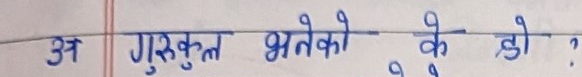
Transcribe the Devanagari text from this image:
अ गुरुकुल भनेको के हो ?